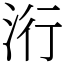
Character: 洐